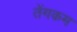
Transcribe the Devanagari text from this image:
तेंगकम